Lunatic asylums Punjab 1868-1880 - 1868-1880
Year: 1868
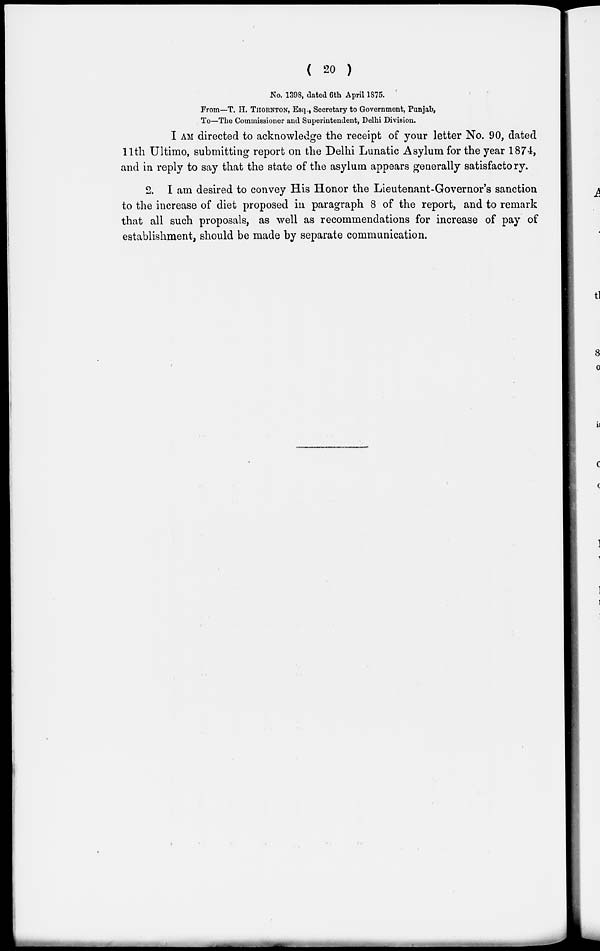
( 20 )
No. 1398, dated 6th April 1875.
From—T. H. THORNTON, Esq., Secretary to Government, Punjab,
To—The Commissioner and Superintendent, Delhi Division.
I AM directed to acknowledge the receipt of your letter No. 90, dated
11th Ultimo, submitting report on the Delhi Lunatic Asylum for the year 1874,
and in reply to say that the state of the asylum appears generally satisfactory.
2. I am desired to convey His Honor the Lieutenant-Governor's sanction
to the increase of diet proposed in paragraph 8 of the report, and to remark
that all such proposals, as well as recommendations for increase of pay of
establishment, should be made by separate communication.